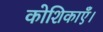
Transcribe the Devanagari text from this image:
कोशिकाएँ।